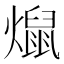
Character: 𰟨